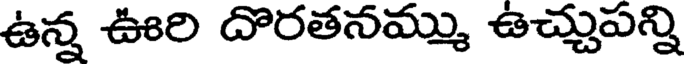
ఉన్న ఊరి దొరతనమ్ము ఉచ్చుపన్ని